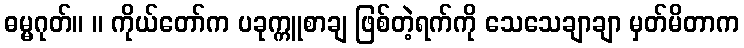
ဓမ္မဂုတ်။ ။ ကိုယ်တော်က ပခုက္ကူစာချ ဖြစ်တဲ့ရက်ကို သေသေချာချာ မှတ်မိတာက